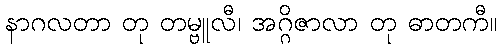
နာဂလတာ တု တမ္ဗူလီ၊ အဂ္ဂိဇာလာ တု ဓာတကီ။